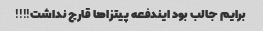
برایم جالب بود ایندفعه پیتزاها قارچ نداشت!!!!